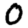
Digit: 0